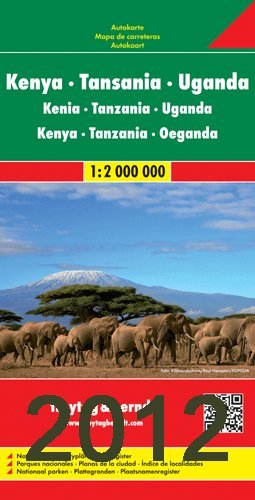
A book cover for Kenya/Uganda/Tanzania Road Map; Freytag; Travel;